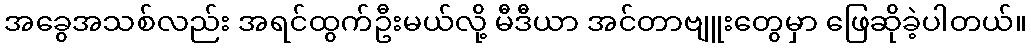
အခွေအသစ်လည်း အရင်ထွက်ဦးမယ်လို့ မီဒီယာ အင်တာဗျူးတွေမှာ ဖြေဆိုခဲ့ပါတယ်။